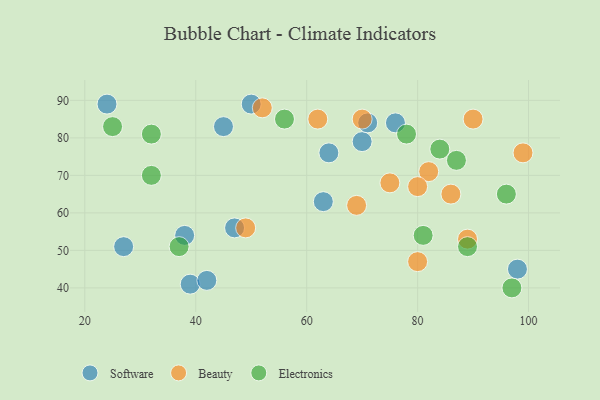
{"axis": {"x": "GDP", "y": "Life Expectancy"}, "legend": ["Beauty", "Electronics", "Software"], "data": [{"x": "50", "y": 89, "type": "Software"}, {"x": "63", "y": 63, "type": "Software"}, {"x": "24", "y": 89, "type": "Software"}, {"x": "39", "y": 41, "type": "Software"}, {"x": "47", "y": 56, "type": "Software"}, {"x": "45", "y": 83, "type": "Software"}, {"x": "27", "y": 51, "type": "Software"}, {"x": "42", "y": 42, "type": "Software"}, {"x": "98", "y": 45, "type": "Software"}, {"x": "64", "y": 76, "type": "Software"}, {"x": "76", "y": 84, "type": "Software"}, {"x": "38", "y": 54, "type": "Software"}, {"x": "70", "y": 79, "type": "Software"}, {"x": "71", "y": 84, "type": "Software"}, {"x": "49", "y": 56, "type": "Beauty"}, {"x": "99", "y": 76, "type": "Beauty"}, {"x": "89", "y": 53, "type": "Beauty"}, {"x": "69", "y": 62, "type": "Beauty"}, {"x": "52", "y": 88, "type": "Beauty"}, {"x": "82", "y": 71, "type": "Beauty"}, {"x": "75", "y": 68, "type": "Beauty"}, {"x": "80", "y": 47, "type": "Beauty"}, {"x": "70", "y": 85, "type": "Beauty"}, {"x": "62", "y": 85, "type": "Beauty"}, {"x": "80", "y": 67, "type": "Beauty"}, {"x": "90", "y": 85, "type": "Beauty"}, {"x": "86", "y": 65, "type": "Beauty"}, {"x": "81", "y": 54, "type": "Electronics"}, {"x": "25", "y": 83, "type": "Electronics"}, {"x": "89", "y": 51, "type": "Electronics"}, {"x": "84", "y": 77, "type": "Electronics"}, {"x": "56", "y": 85, "type": "Electronics"}, {"x": "97", "y": 40, "type": "Electronics"}, {"x": "32", "y": 81, "type": "Electronics"}, {"x": "78", "y": 81, "type": "Electronics"}, {"x": "32", "y": 70, "type": "Electronics"}, {"x": "37", "y": 51, "type": "Electronics"}, {"x": "87", "y": 74, "type": "Electronics"}, {"x": "96", "y": 65, "type": "Electronics"}]}